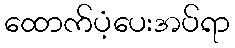
ထောက်ပံ့ပေးအပ်ရာ